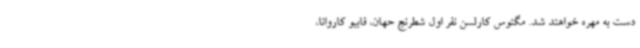
دست به مهره خواهند شد. مگنوس کارلسن نفر اول شطرنج حهان، فابیو کاروانا،